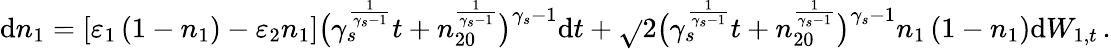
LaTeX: \mathrm{d}n_{1}=\left[\varepsilon_{1}\left(1-n_{1}\right)-\varepsilon_{2}n_{1}\right]\big(\gamma_{s}^{\frac{{1}}{{\gamma_{s}-1}}}t+n_{20}^{\frac{{1}}{{\gamma_{s}-1}}}\big)^{\gamma_{s}-1}\mathrm{d}t+\sqrt{}{{2\big(\gamma_{s}^{\frac{{1}}{{\gamma_{s}-1}}}t+n_{20}^{\frac{{1}}{{\gamma_{s}-1}}}\big)^{\gamma_{s}-1}n_{1}\left(1-n_{1}\right)}}\mathrm{d}W_{1,t}\, .